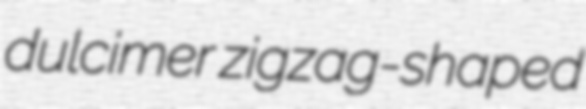
dulcimer zigzag-shaped